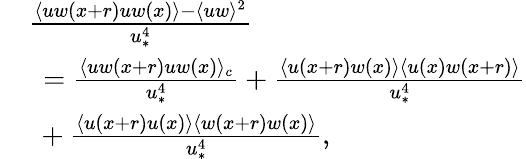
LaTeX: \begin{array}{rl}&{\frac{\langle uw(x+r)uw(x)\rangle-\langle uw\rangle^{2}}{u_{\ast}^{4}}}\\ &{\ =\frac{\langle uw(x+r)uw(x)\rangle_{c}}{u_{\ast}^{4}}+\frac{\langle u(x+r)w(x)\rangle\langle u(x)w(x+r)\rangle}{u_{\ast}^{4}}}\\ &{\ +\frac{\langle u(x+r)u(x)\rangle\langle w(x+r)w(x)\rangle}{u_{\ast}^{4}},}\end{array}